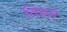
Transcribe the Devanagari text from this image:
विडले